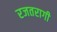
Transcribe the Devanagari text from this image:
रजतरागी